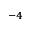
^ { - 4 }